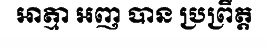
អាត្មា អញ បាន ប្រព្រឹត្ត